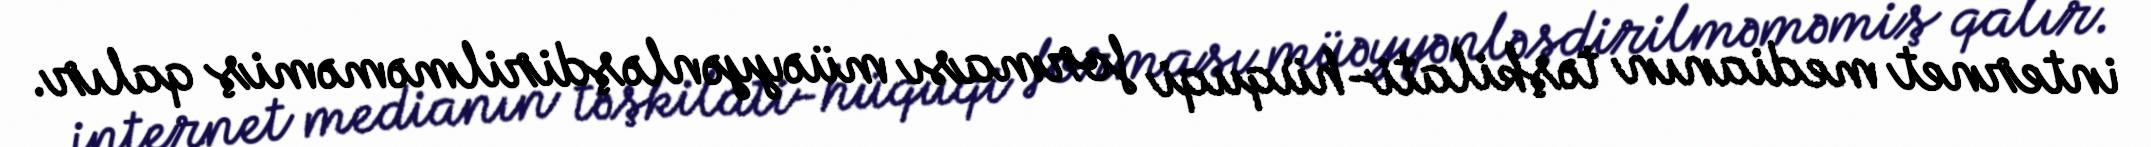
internet medianın təşkilati-hüquqi forması müəyyənləşdirilməməmiş qalır.